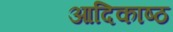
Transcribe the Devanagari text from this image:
आदिकाष्ठ